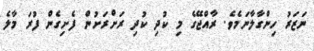
ނަޒަރު ހިންގާލާނަމެވެ. ރާއްޖޭގެ މި ކުދި ކުދި ރަށްރަށުން ފެށިގެން ފުރަ މާލެ